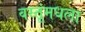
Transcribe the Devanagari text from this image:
वस्तूंमधला